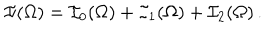
\mathcal { I } ( \Omega ) = \mathcal { I } _ { 0 } ( \Omega ) + \mathcal { I } _ { 1 } ( \Omega ) + \mathcal { I } _ { 2 } ( \Omega ) \, .